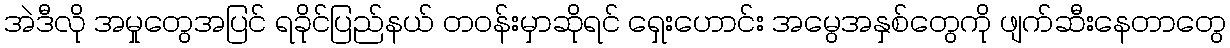
အဲဒီလို အမှုတွေအပြင် ရခိုင်ပြည်နယ် တဝန်းမှာဆိုရင် ရှေးဟောင်း အမွေအနှစ်တွေကို ဖျက်ဆီးနေတာတွေ